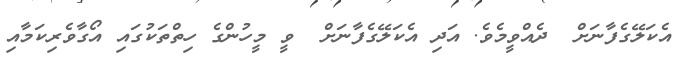
އެކަލޭގެފާނަށް  ދެއްވީމެވެ. އަދި އެކަލޭގެފާނަށް  ވީ މީހުންގެ ހިތްތަކުގައި އޯގާވެރިކަމާއި